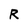
Character: R